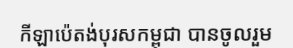
កីឡាប៉េតង់បុរសកម្ពុជា បានចូលរួម